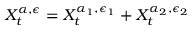
X _ { t } ^ { \alpha , \epsilon } = X _ { t } ^ { \alpha _ { 1 } , \epsilon _ { 1 } } + X _ { t } ^ { \alpha _ { 2 } , \epsilon _ { 2 } }